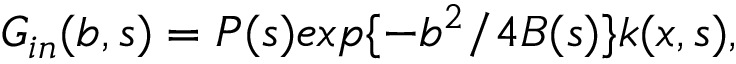
G _ { i n } ( b , s ) = P ( s ) e x p \{ - b ^ { 2 } / 4 B ( s ) \} k ( x , s ) ,